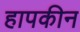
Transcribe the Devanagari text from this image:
हापकीन